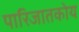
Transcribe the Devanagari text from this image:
पारिजातकोय